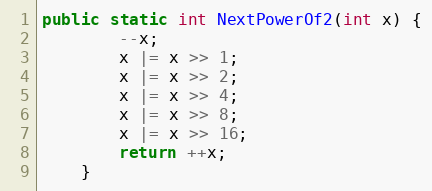
Language: Java
public static int NextPowerOf2(int x) {
        --x;
        x |= x >> 1;
        x |= x >> 2;
        x |= x >> 4;
        x |= x >> 8;
        x |= x >> 16;
        return ++x;
    }